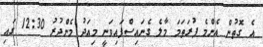
އެ ގޮތުން އެންމެ ފުރަތަމަ މާލެ ގެނައިސްފައިވަނީ މިއަދު މެންދުރު 12:30 ގައި